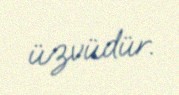
üzvüdür.